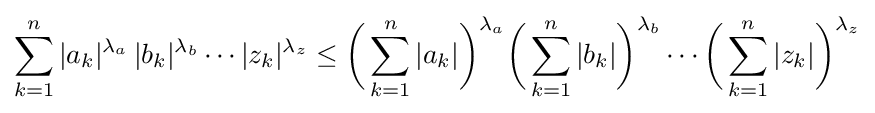
\sum _{k=1}^{n}|a_{k}|^{\lambda _{a}}\,|b_{k}|^{\lambda _{b}}\cdots |z_{k}|^{\lambda _{z}}\leq {\biggl (}\sum _{k=1}^{n}|a_{k}|{\biggr )}^{\lambda _{a}}{\biggl (}\sum _{k=1}^{n}|b_{k}|{\biggr )}^{\lambda _{b}}\cdots {\biggl (}\sum _{k=1}^{n}|z_{k}|{\biggr )}^{\lambda _{z}}